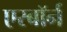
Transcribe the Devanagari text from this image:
एरबॉर्न